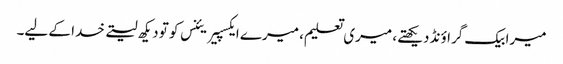
میرا بیک گراؤنڈ دیکھتے، میری تعلیم، میرے ایکسپیریئنس کو تو دیکھ لیتے خدا کے لیے۔